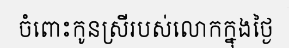
ចំពោះកូនស្រីរបស់លោកក្នុងថ្ងៃ